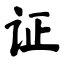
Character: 证